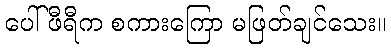
ပေါ်ဖီရီက စကားကြော မဖြတ်ချင်သေး။